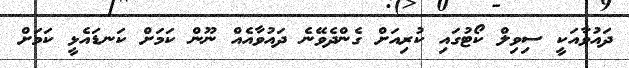
ދައުވާއަކީ ސިވިލް ކޯޓުގައި ކުރިއަށް ގެންދެވޭނެ ދައުވާއެއް ނޫން ކަމަށް ކަނޑައެޅީ ކަމަށް